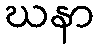
ဃနာ